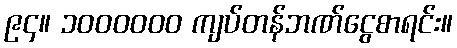
၉၄။ ၁၀၀၀၀၀၀ ကျပ်တန်ဘဏ်ငွေစာရင်း။